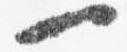
一